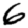
Digit: 6